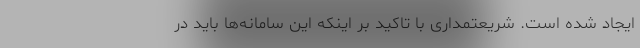
ایجاد شده است. شریعتمداری با تاکید بر اینکه این سامانه‌ها باید در